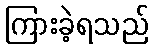
ကြားခဲ့ရသည်